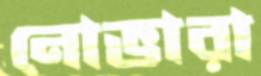
নোভারা